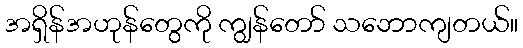
အရှိန်အဟုန်တွေကို ကျွန်တော် သဘောကျတယ်။